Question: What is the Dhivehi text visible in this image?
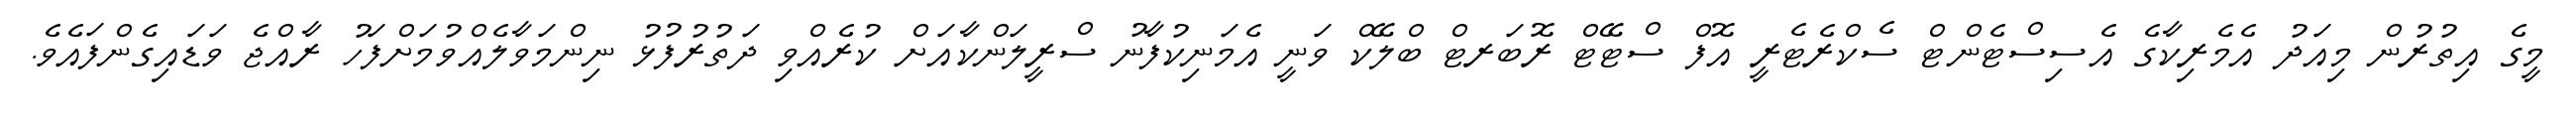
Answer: މީގެ އިތުރުން މިއަދު އެމެރިކާގެ އެސިސްޓެންޓް ސެކްރެޓެރީ އޮފް ސްޓޭޓް ރޮބަރޓް ބްލޭކް ވަނީ އެމަނިކުފާނު ސްރީލަންކާއަށް ކުރެއްވި ދަތުރުފުޅު ނިންމަވާލެއްވުމަށްފަހު ރާއްޖެ ވަޑައިގެންފައެވެ.